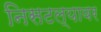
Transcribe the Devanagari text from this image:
निसटल्यावर